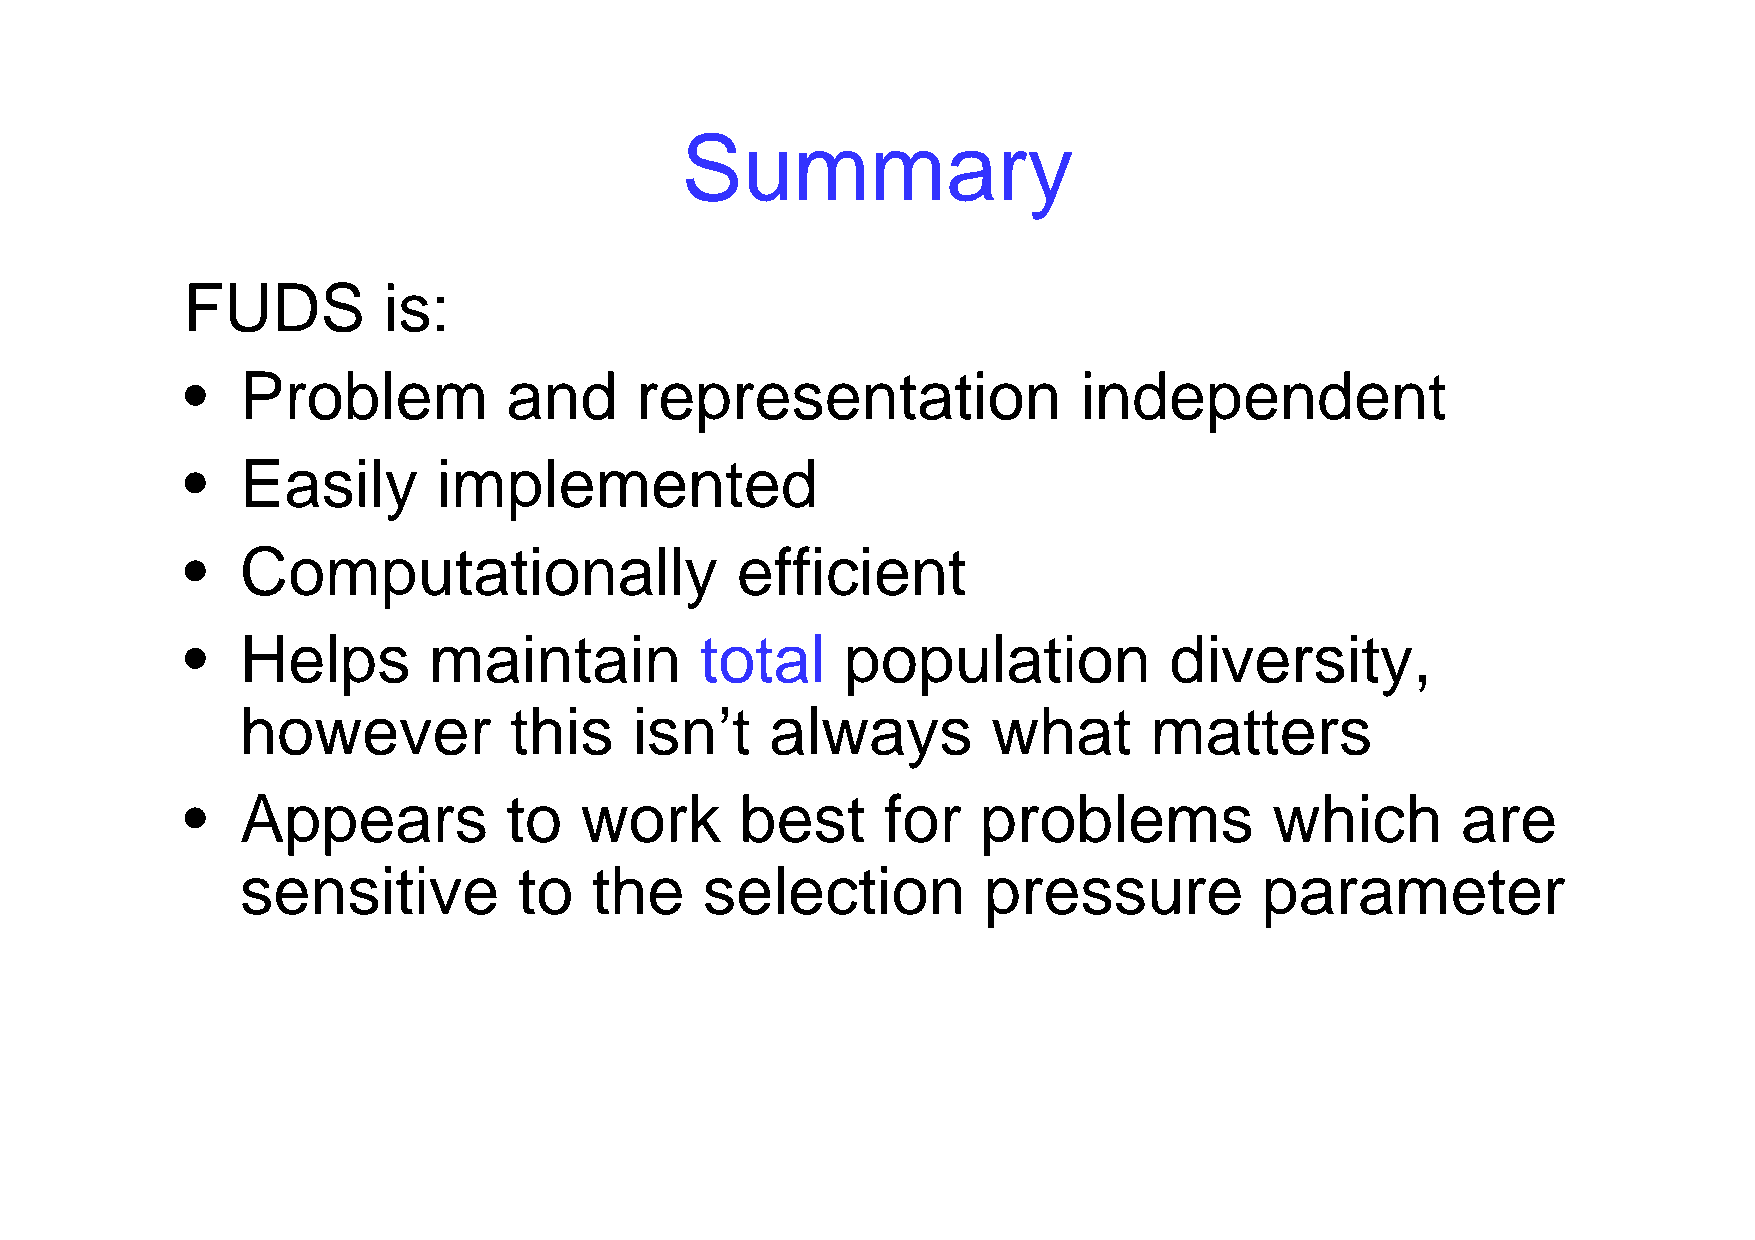
Summary
 FUDS         is:
 •   Problem           and     representation               independent
 •   Easily       implemented
 •   Computationally                  efficient
 •   Helps       maintain          total     population           diversity,
 however           this    isn’t    always         what      matters
 •   Appears           to  work       best     for    problems           which        are
 sensitive         to   the     selection         pressure          parameter